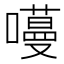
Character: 𭋽